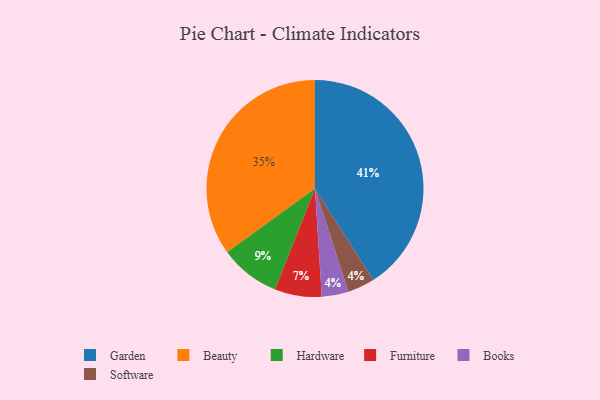
{"axis": {"x": "Category", "y": "Percentage"}, "legend": ["Beauty", "Books", "Furniture", "Garden", "Hardware", "Software"], "data": [{"x": "Garden", "y": 41, "type": "Garden"}, {"x": "Books", "y": 4, "type": "Books"}, {"x": "Hardware", "y": 9, "type": "Hardware"}, {"x": "Beauty", "y": 35, "type": "Beauty"}, {"x": "Software", "y": 4, "type": "Software"}, {"x": "Furniture", "y": 7, "type": "Furniture"}]}